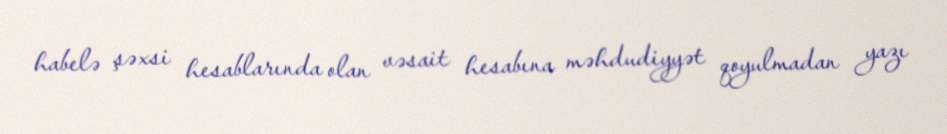
habelə şəxsi hesablarında olan vəsait hesabına məhdudiyyət qoyulmadan yazı